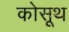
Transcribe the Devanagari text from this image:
कोसूथ